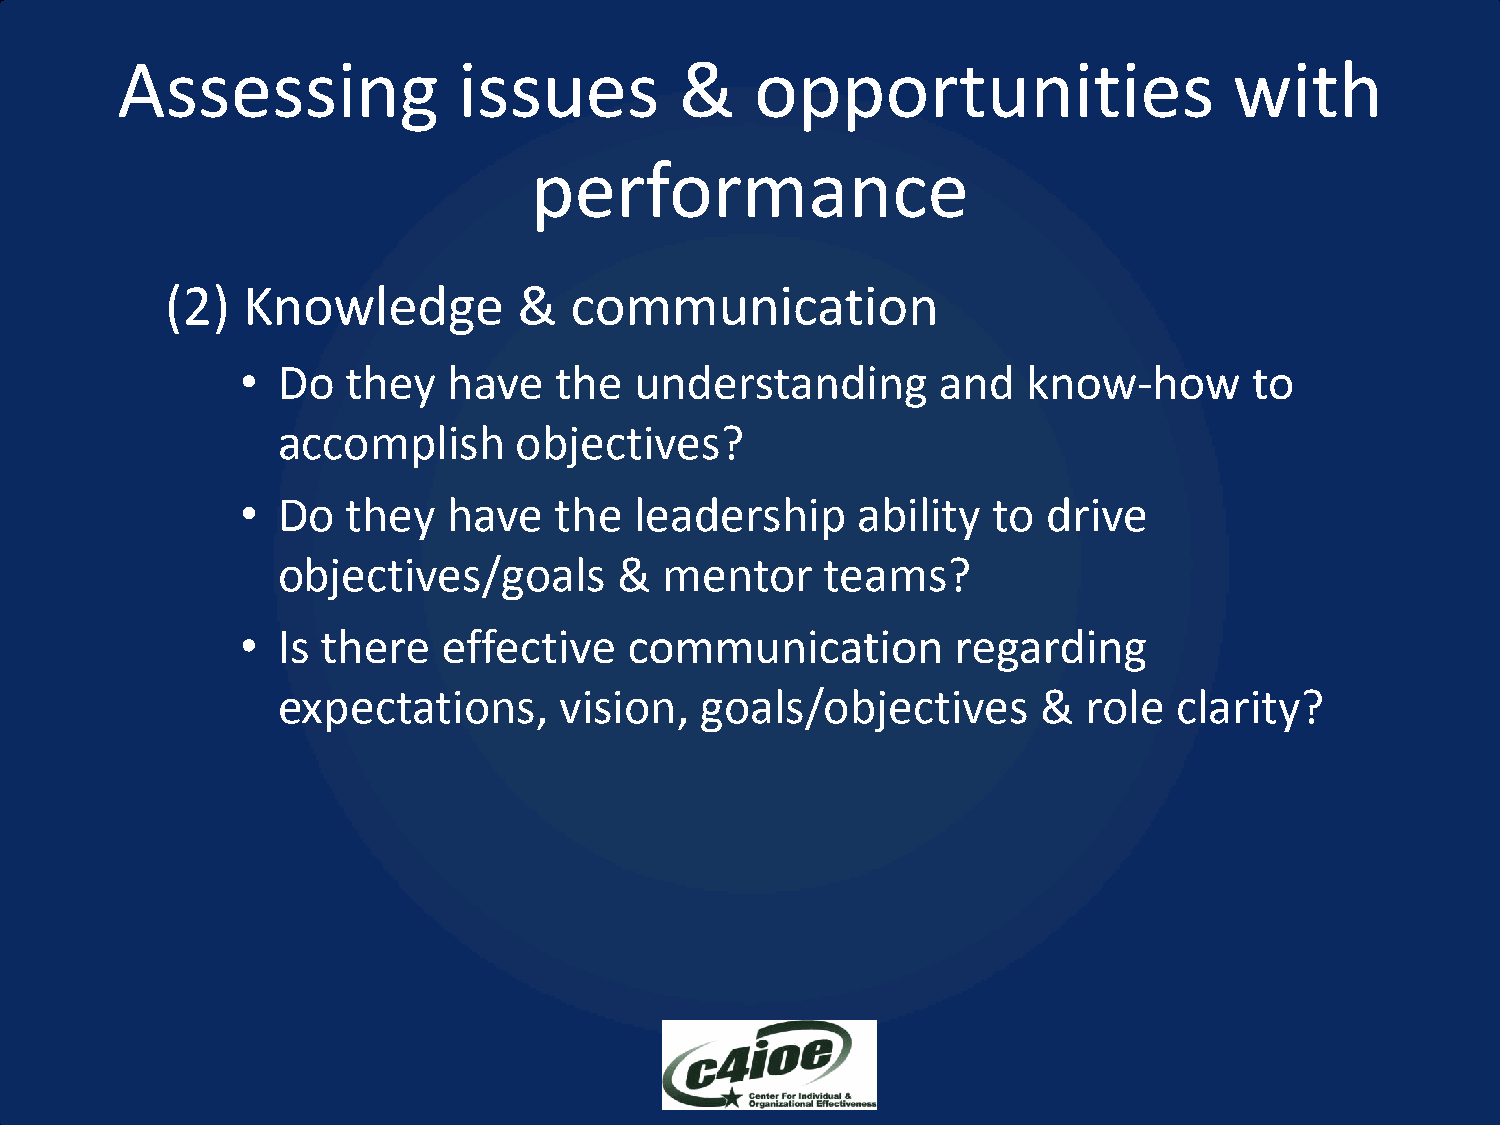
Assessing             issues         &    opportunities                   with
 performance
 (2)  Knowledge         &   communication
 • Do   they   have   the  understanding       and   know-how       to
 accomplish      objectives?
 • Do   they   have   the  leadership     ability  to drive
 objectives/goals       &  mentor     teams?
 • Is there   effective    communication        regarding
 expectations,      vision,  goals/objectives       &  role  clarity?